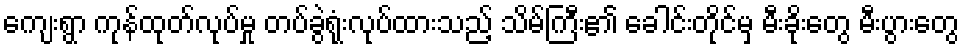
ကျေးရွာ ကုန်ထုတ်လုပ်မှု တပ်ခွဲရုံးလုပ်ထားသည့် သိမ်ကြီး၏ ခေါင်းတိုင်မှ မီးခိုးတွေ မီးပွားတွေ